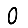
Digit: 0